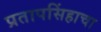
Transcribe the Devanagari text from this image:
प्रतापसिंहाचा